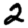
Digit: 2